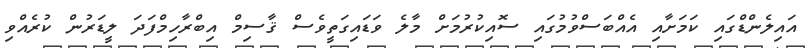
އައިލެންޑްގައި ކަމަށާއި އެއްބަސްވުމުގައި ސޮއިކުރުމަށް މާލެ ވަޑައިގަތީވެސް ޤާސިމް އިބްރާހިމްފަދަ ލީޑަރުން ކުރެއްވި